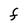
Character: F